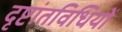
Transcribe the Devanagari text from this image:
दृष्टांतविधियों